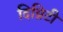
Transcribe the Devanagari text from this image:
दिग्निटी